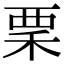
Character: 䅇